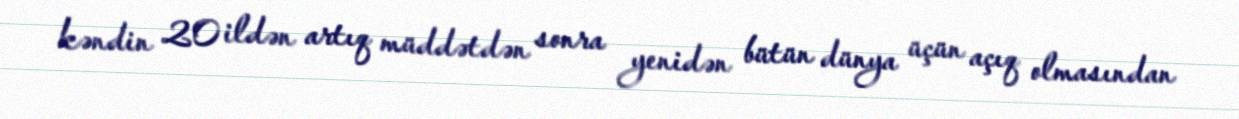
kəndin 20 ildən artıq müddətdən sonra yenidən bütün dünya üçün açıq olmasından